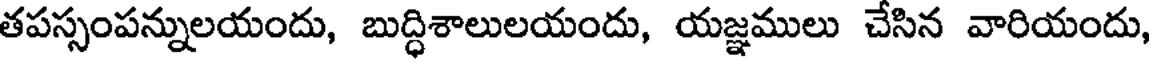
తపస్సంపన్నులయందు, బుద్ధిశాలులయందు, యజ్ఞములు చేసిన వారియందు,